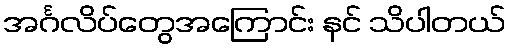
အင်္ဂလိပ်တွေအကြောင်း နင် သိပါတယ်